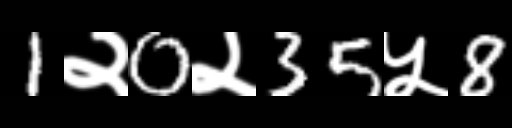
Text: 1२0२35५8